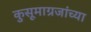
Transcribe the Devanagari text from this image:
कुसूमाग्रजांच्‍या